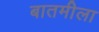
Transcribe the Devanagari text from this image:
बातमीला